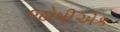
જોષીએક